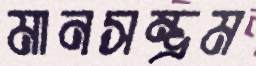
মানসম্ভ্রম